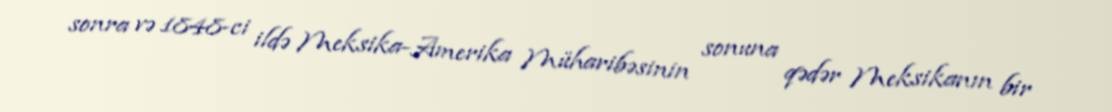
sonra və 1848-ci ildə Meksika-Amerika Müharibəsinin sonuna qədər Meksikanın bir